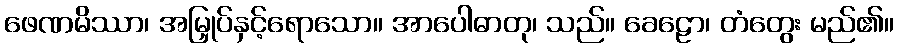
ဖေဏမိဿာ၊ အမြှုပ်နှင့်ရောသော။ အာပေါဓာတု၊ သည်။ ခေဠော၊ တံတွေး မည်၏။